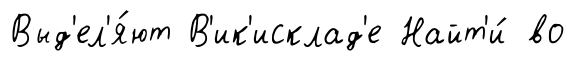
Выд'ел'я́ют В'ик'исклад'е Найт'и́ во